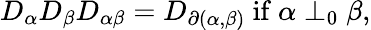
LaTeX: D_{\alpha}D_{\beta}D_{\alpha\beta}=D_{\partial(\alpha,\beta)}\mathrm{~if~}\alpha\perp_{0}\beta,